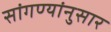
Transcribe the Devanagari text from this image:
सांगण्यांनुसार